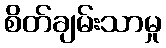
စိတ်ချမ်းသာမှု